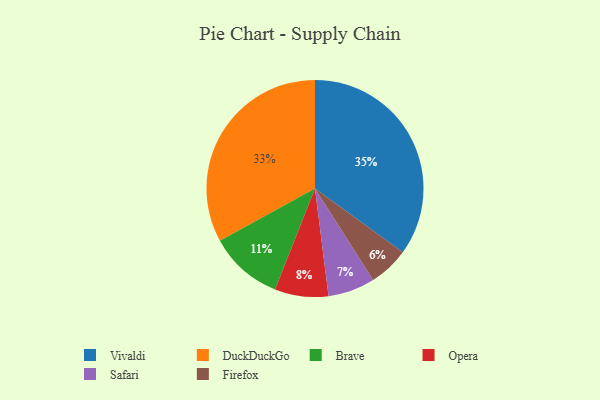
{"axis": {"x": "Category", "y": "Percentage"}, "legend": ["Brave", "DuckDuckGo", "Firefox", "Opera", "Safari", "Vivaldi"], "data": [{"x": "Vivaldi", "y": 35, "type": "Vivaldi"}, {"x": "Opera", "y": 8, "type": "Opera"}, {"x": "Safari", "y": 7, "type": "Safari"}, {"x": "Brave", "y": 11, "type": "Brave"}, {"x": "Firefox", "y": 6, "type": "Firefox"}, {"x": "DuckDuckGo", "y": 33, "type": "DuckDuckGo"}]}